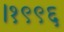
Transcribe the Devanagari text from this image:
।१९९६